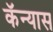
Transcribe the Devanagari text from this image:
कॅन्यास